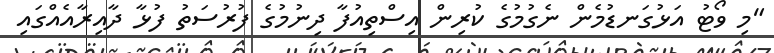
"މި ވޯޓު އަޅުގަނޑުމެން ނެގުމުގެ ކުރިން އިސްތިއުފާ ދިނުމުގެ ފުރުސަތު ފުޅާ ދާއިރާއެއްގައި